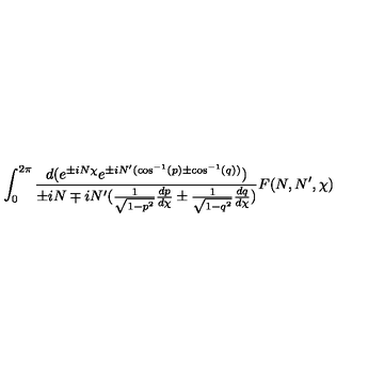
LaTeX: \int _ { 0 } ^ { 2 \pi } \frac { d ( e ^ { \pm i N \chi } e ^ { \pm i N ^ { \prime } ( \cos ^ { - 1 } ( p ) \pm \cos ^ { - 1 } ( q ) ) } ) } { \pm i N \mp i N ^ { \prime } ( \frac { 1 } { \sqrt { 1 - p ^ { 2 } } } \frac { d p } { d \chi } \pm \frac { 1 } { \sqrt { 1 - q ^ { 2 } } } \frac { d q } { d \chi } ) } F ( N , N ^ { \prime } , \chi )